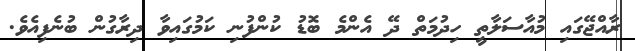
ރާއްޖޭގައި މުއާސަލާތީ ހިދުމަތް ދޭ އެންމެ ބޮޑު ކުންފުނި ކަމުގައިވާ ދިރާގުން ބުނެފިއެވެ.